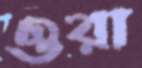
ওরা